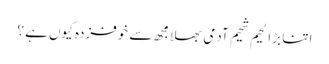
اتنا بڑا لحیم شحیم آدمی بھلا مجھ سے خوفزدہ کیوں ہے ؟